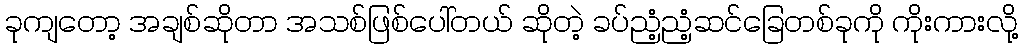
ခုကျတော့ အချစ်ဆိုတာ အသစ်ဖြစ်ပေါ်တယ် ဆိုတဲ့ ခပ်ညံ့ညံ့ဆင်ခြေတစ်ခုကို ကိုးကားလို့